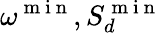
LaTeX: \omega^{\mathrm{~m~i~n~}},S_{d}^{\mathrm{~m~i~n~}}